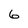
Character: 6